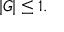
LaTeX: \vert G \vert \leq 1 .